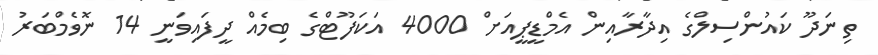
ތިނަދޫ ކައުންސިލްގެ އިދާރާއިން އެމްޑީޕީއަށް 4000 އަކަފޫޓްގެ ބިމެއް ދީފައިވަނީ 14 ނޮވެމްބަރު